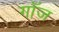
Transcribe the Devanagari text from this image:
गॉज